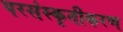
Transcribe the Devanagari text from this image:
परसंस्कृतीकरण